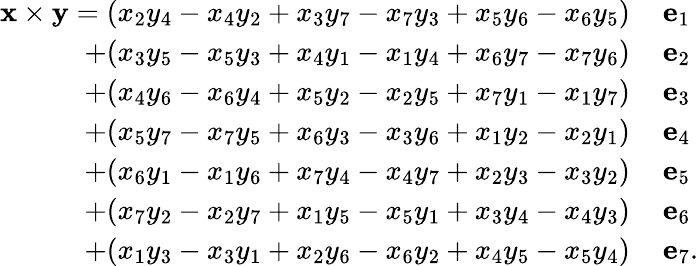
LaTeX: {\begin{array}{rl}{\mathbf{x}\times\mathbf{y}=(x_{2}y_{4}-x_{4}y_{2}+x_{3}y_{7}-x_{7}y_{3}+x_{5}y_{6}-x_{6}y_{5})\, }&{\mathbf{e}_{1}}\\ {+(x_{3}y_{5}-x_{5}y_{3}+x_{4}y_{1}-x_{1}y_{4}+x_{6}y_{7}-x_{7}y_{6})\, }&{\mathbf{e}_{2}}\\ {+(x_{4}y_{6}-x_{6}y_{4}+x_{5}y_{2}-x_{2}y_{5}+x_{7}y_{1}-x_{1}y_{7})\, }&{\mathbf{e}_{3}}\\ {+(x_{5}y_{7}-x_{7}y_{5}+x_{6}y_{3}-x_{3}y_{6}+x_{1}y_{2}-x_{2}y_{1})\, }&{\mathbf{e}_{4}}\\ {+(x_{6}y_{1}-x_{1}y_{6}+x_{7}y_{4}-x_{4}y_{7}+x_{2}y_{3}-x_{3}y_{2})\, }&{\mathbf{e}_{5}}\\ {+(x_{7}y_{2}-x_{2}y_{7}+x_{1}y_{5}-x_{5}y_{1}+x_{3}y_{4}-x_{4}y_{3})\, }&{\mathbf{e}_{6}}\\ {+(x_{1}y_{3}-x_{3}y_{1}+x_{2}y_{6}-x_{6}y_{2}+x_{4}y_{5}-x_{5}y_{4})\, }&{\mathbf{e}_{7}.}\end{array}}